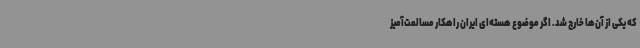
که یکی از آن‌ها خارج شد. اگر موضوع هسته‌ای ایران راهکار مسالمت‌آمیز